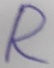
Text: R